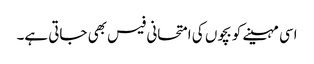
اسی مہینے کو بچوں کی امتحانی فیس بھی جاتی ہے۔